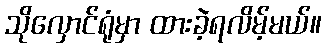
သိုလှောင်ရုံမှာ ထားခဲ့ရလိမ့်မယ်။